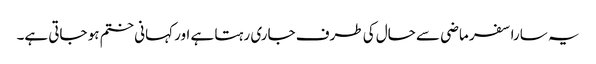
یہ سارا سفر ماضی سے حال کی طرف جاری رہتا ہے اور کہانی ختم ہو جاتی ہے۔